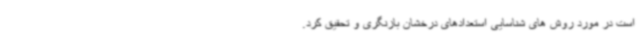
است در مورد روش های شناسایی استعدادهای درخشان بازنگری و تحقیق کرد.